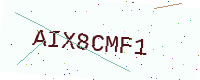
Text: AIX8CMF1